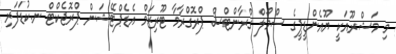
މި މަޝްރޫއަކީ ޔޫއެންޑީޕީގެ ސްމޯލް ގްރާންޓްސް ޕްރޮގްރާމާ ޓޫރިޒަމް އެޑެޕްޓޭޝަން ޕްރޮޖެކްޓް ނ.ކުޑަފަރި